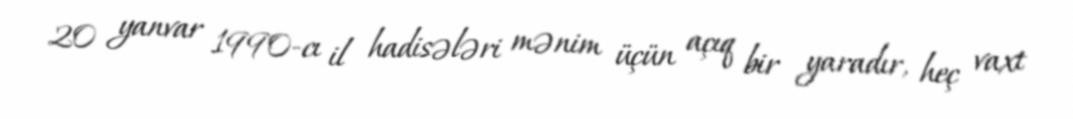
20 yanvar 1990-cı il hadisələri mənim üçün açıq bir yaradır, heç vaxt